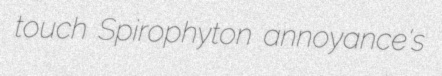
touch Spirophyton annoyance's